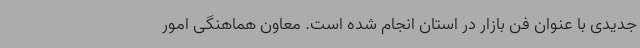
جدیدی با عنوان فن بازار در استان انجام شده است. معاون هماهنگی امور